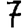
Digit: 7